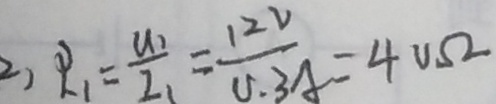
2 , R _ { 1 } = \frac { u _ { 1 } } { 2 _ { 1 } } = \frac { 1 2 v } { U \cdot 3 A } = 4 v \Omega